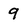
Character: 9